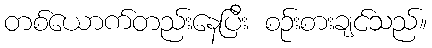
တစ်ယောက်တည်းနေပြီး စဉ်းစားချင်သည်။